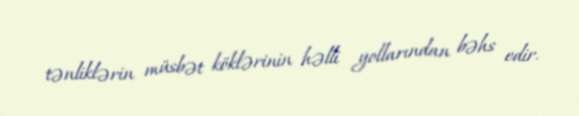
tənliklərin müsbət köklərinin həlli yollarından bəhs edir.